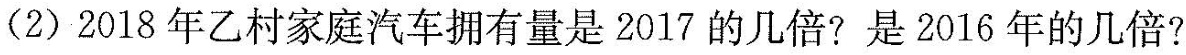
(2)2018年乙村家庭汽车拥有量是2017的几倍?是2016年的几倍?